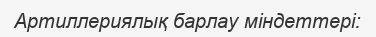
Артиллериялық барлау міндеттері: